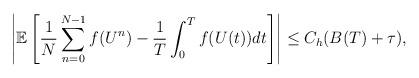
LaTeX: \begin{align*}\left|\mathbb{E}\left[\frac1N\sum_{n=0}^{N-1}f(U^n)-\frac1T\int_0^Tf(U(t))dt\right]\right|\le C_h(B(T)+\tau),\end{align*}